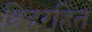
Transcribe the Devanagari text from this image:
छिद्ररहित